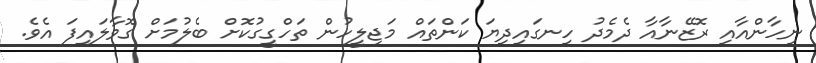
ނިހާންއާއި ރޮޒޭނާއާ ދެމެދު ހިނގައިދިޔަ ކަންތައް މަޖިލީހުން ތަހްގީގުކޮށް ބެލުމަށް ގޮވާލައިފަ އެވެ.